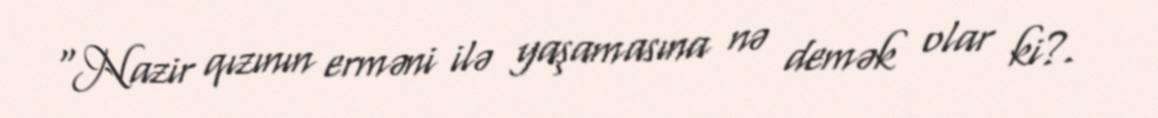
“Nazir qızının erməni ilə yaşamasına nə demək olar ki?.